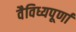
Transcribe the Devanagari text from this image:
वैविध्यपूर्णा